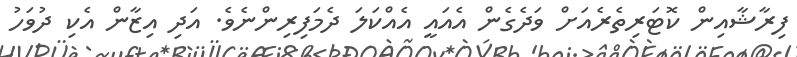
ފިރާޝާއިން ކޮޓަރިތެރެއަށް ވަދެގެން އެއައީ އެއްކަލަ ދެމަފިރިންނެވެ. އަދި އިޒާން އެކި ދުވަހު